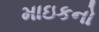
માઇકનો